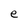
Character: e